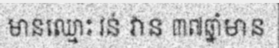
មានឈ្មោះ វន់ វាន ៣៧ឆ្នាំមាន